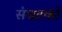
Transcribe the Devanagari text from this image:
संघटको